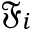
\mathfrak { F } _ { i }